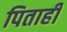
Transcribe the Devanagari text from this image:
पिताही